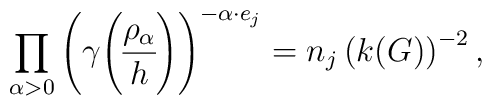
\prod_{\alpha >0}\left( \gamma {\rho _\alpha  \overwithdelims() h}\right) ^{-\alpha \cdot e_j}=n_j\left( k(G)\right) ^{-2},